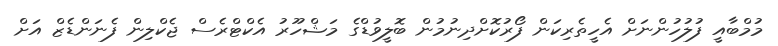
މުމްބާއީ ފުލުހުންނަށް އެހީތެރިކަން ފޯރުކޮށްދިނުމުން ބޮލީވުޑްގެ މަޝްހޫރު އެކްޓްރެސް ޖެކްލިން ފެނަންޑެޒް އަށް